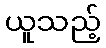
ယူသည့်